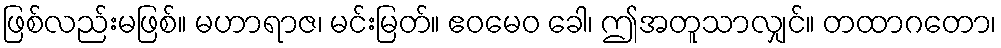
ဖြစ်လည်းမဖြစ်။ မဟာရာဇ၊ မင်းမြတ်။ ဧဝမေဝ ခေါ၊ ဤအတူသာလျှင်။ တထာဂတော၊